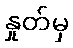
နှုတ်မှ